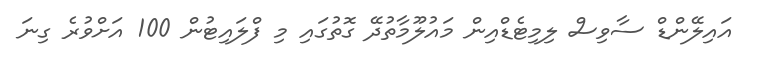
އައިލޭންޑް ސާވިސް ލިމިޓެޑްއިން މައުލޫމާތުދޭ ގޮތުގައި މި ފްލައިޓުން 100 އަށްވުރެ ގިނަ